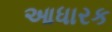
આધારક